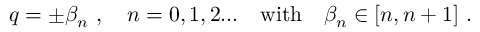
q = \pm \beta _ { n } \ , \quad n = 0 , 1 , 2 . . . \quad \mathrm { w i t h } \quad \beta _ { n } \in [ n , n + 1 ] \ .